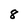
Character: 8